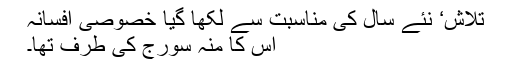
تلاش‘ نئے سال کی مناسبت سے لکھا گیا خصوصی افسانہ
اُس کا منہ سورج کی طرف تھا۔